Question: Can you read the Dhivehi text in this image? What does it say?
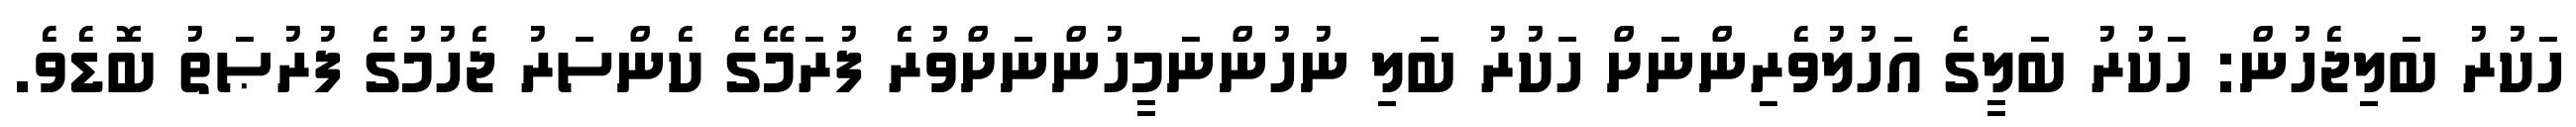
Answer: ހަކުރު ބަލިޖެހުން: ހަކުރު ބަލީގެ އަހުލުވެރިންނަށް ހަކުރު ބަލި ނުހުންނަމީހުންނަށްވުރެ ފުރަމޭގެ ކެންސަރު ޖެހުމުގެ ފުރުޞަތު ބޮޑެވެ.